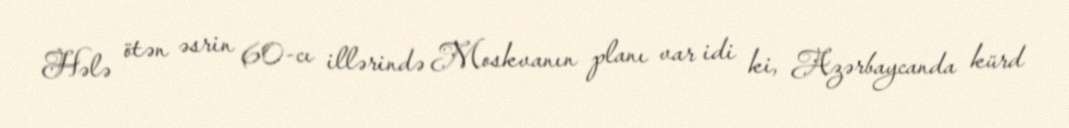
Hələ ötən əsrin 60-cı illərində Moskvanın planı var idi ki, Azərbaycanda kürd